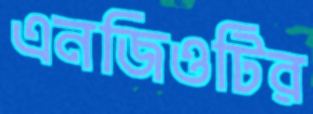
এনজিওটির